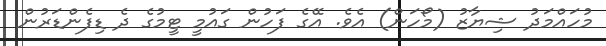
މުހައްމަދު ޝިޔާޒު (މޯހަން) އެވެ. އޭގެ ފަހުން ގައުމީ ޓީމުގެ ދެ ޑިފެންޑަރުން